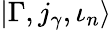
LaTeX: |\Gamma,j_{\gamma},\iota_{n}\rangle